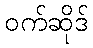
ဝက်ဆိုဒ်